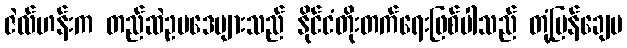
ဇဲလ်ဟန်းက တည်ဆဲဥပဒေများသည် နိုင်ငံတိုးတက်ရေးဖြစ်ပါသည် တုံ့ပြန်ချေပ